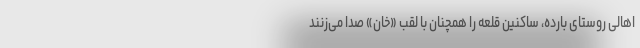
اهالی روستای بارده، ساکنین قلعه را همچنان با لقب «خان» صدا می‌زنند